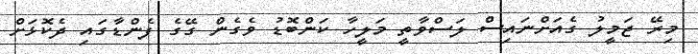
މިރޭ ޖަމީލު ގެއަށްނައިސް ލަސްވާތީ މަލީހާ ކަންބޮޑު ވެގެން ގޭގެ ފެންޑާގައި ދެކޮޅަށް